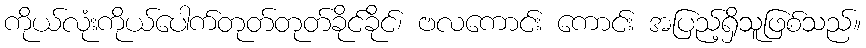
ကိုယ်လုံးကိုယ်ပေါက်တုတ်တုတ်ခိုင်ခိုင်၊ ဗလကောင်း ကောင်း အပြည့်ရှိသူဖြစ်သည်။